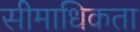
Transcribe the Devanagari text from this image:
सीमाधिकता